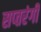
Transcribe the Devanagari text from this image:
सप्‍तरंगी